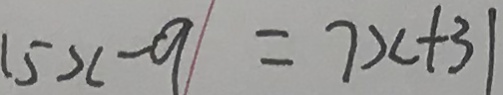
1 5 x - 9 = 7 x + 3 1